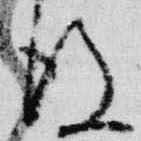
後